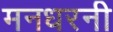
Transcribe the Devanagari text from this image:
मनधरनी